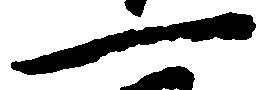
一